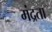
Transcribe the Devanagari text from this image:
मंद्रता